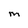
Character: M